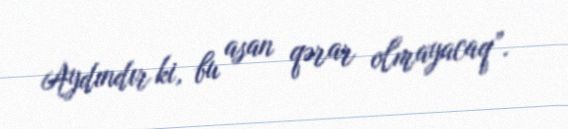
Aydındır ki, bu asan qərar olmayacaq”.